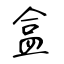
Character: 盒